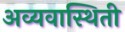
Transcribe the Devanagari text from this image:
अव्यवास्थिती